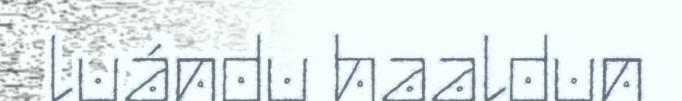
luándu haaldun